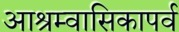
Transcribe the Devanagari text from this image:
आश्रम्वासिकापर्व